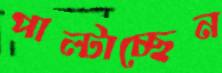
পাল্‌টাচ্ছেন